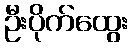
ဦးပိုက်ထွေး